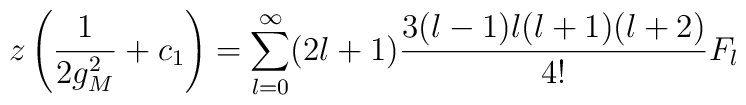
z\left( \frac{1}{2 g_M^2}+c_1\right )=\sum_{l=0}^\infty(2 l+1)\frac {3 (l-1) l (l+1) (l+2)}{4!}F_l